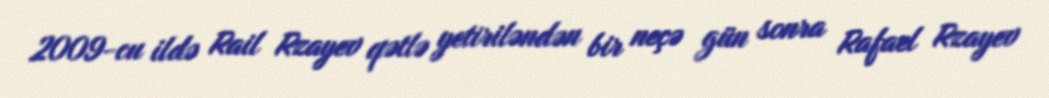
2009-cu ildə Rail Rzayev qətlə yetiriləndən bir neçə gün sonra Rafael Rzayev